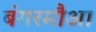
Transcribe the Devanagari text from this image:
बंगरमौआ